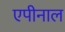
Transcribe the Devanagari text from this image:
एपीनाल